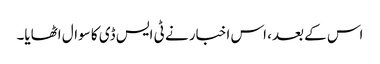
اس کے بعد، اس اخبار نے ٹی ایس ڈی کا سوال اٹھایا۔